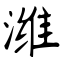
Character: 潍